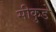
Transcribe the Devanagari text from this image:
सीकुडे